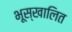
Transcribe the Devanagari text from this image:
भूस्खालित